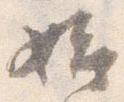
始